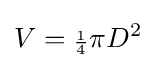
V={\scriptstyle {\frac {1}{4}}}\pi {D^{2}}